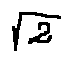
\sqrt { 2 }